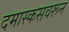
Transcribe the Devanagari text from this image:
दमास्कसवरून